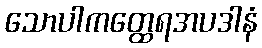
သောပါကတ္ထေရအပဒါနံ